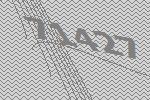
71427